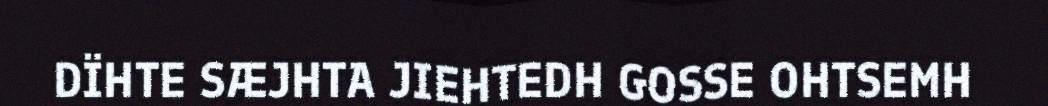
DÏHTE SÆJHTA JIEHTEDH GOSSE OHTSEMH